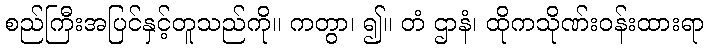
စည်ကြီးအပြင်နှင့်တူသည်ကို။ ကတွာ၊ ၍။ တံ ဌာနံ၊ ထိုကသိုဏ်းဝန်းထားရာ